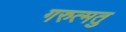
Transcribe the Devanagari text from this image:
गरुत्मतु